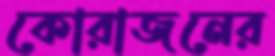
কোরাজনের